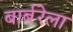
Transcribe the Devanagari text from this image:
बार्बरेला